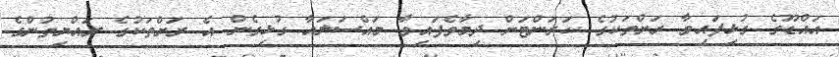
އައްޑޫގެ ގުޅިފައިވާ ރަށްތަކުގެ ކަރަންޓަށް ދިމާވެފައިވާ މައްސަލައާ ގުޅިގެން އެ ރަށްތަކުގެ ރައްޔިތުންގެ